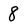
Character: 8